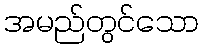
အမည်တွင်သော